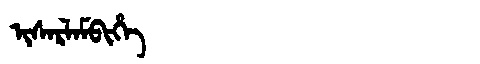
Manchu: ᡳᠰᠠᡵᠯᠠᠮᠪᡳᡥᡝ
Romanization: ISARLAMBIHE